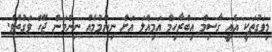
މިވަގުތަކީ އެއީ ގާސިމް އިބްރާހިމް އަމިއްލަ އަށް ނިންމުމެއް ނިންމަން ޖެހޭ ވަގުތެވެ.